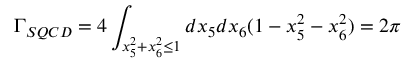
\Gamma _ { S Q C D } = 4 \int _ { x _ { 5 } ^ { 2 } + x _ { 6 } ^ { 2 } \le 1 } d x _ { 5 } d x _ { 6 } ( 1 - x _ { 5 } ^ { 2 } - x _ { 6 } ^ { 2 } ) = 2 \pi